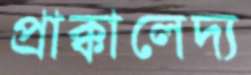
প্রাক্কালেদ্য